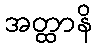
အတ္ထာနိ